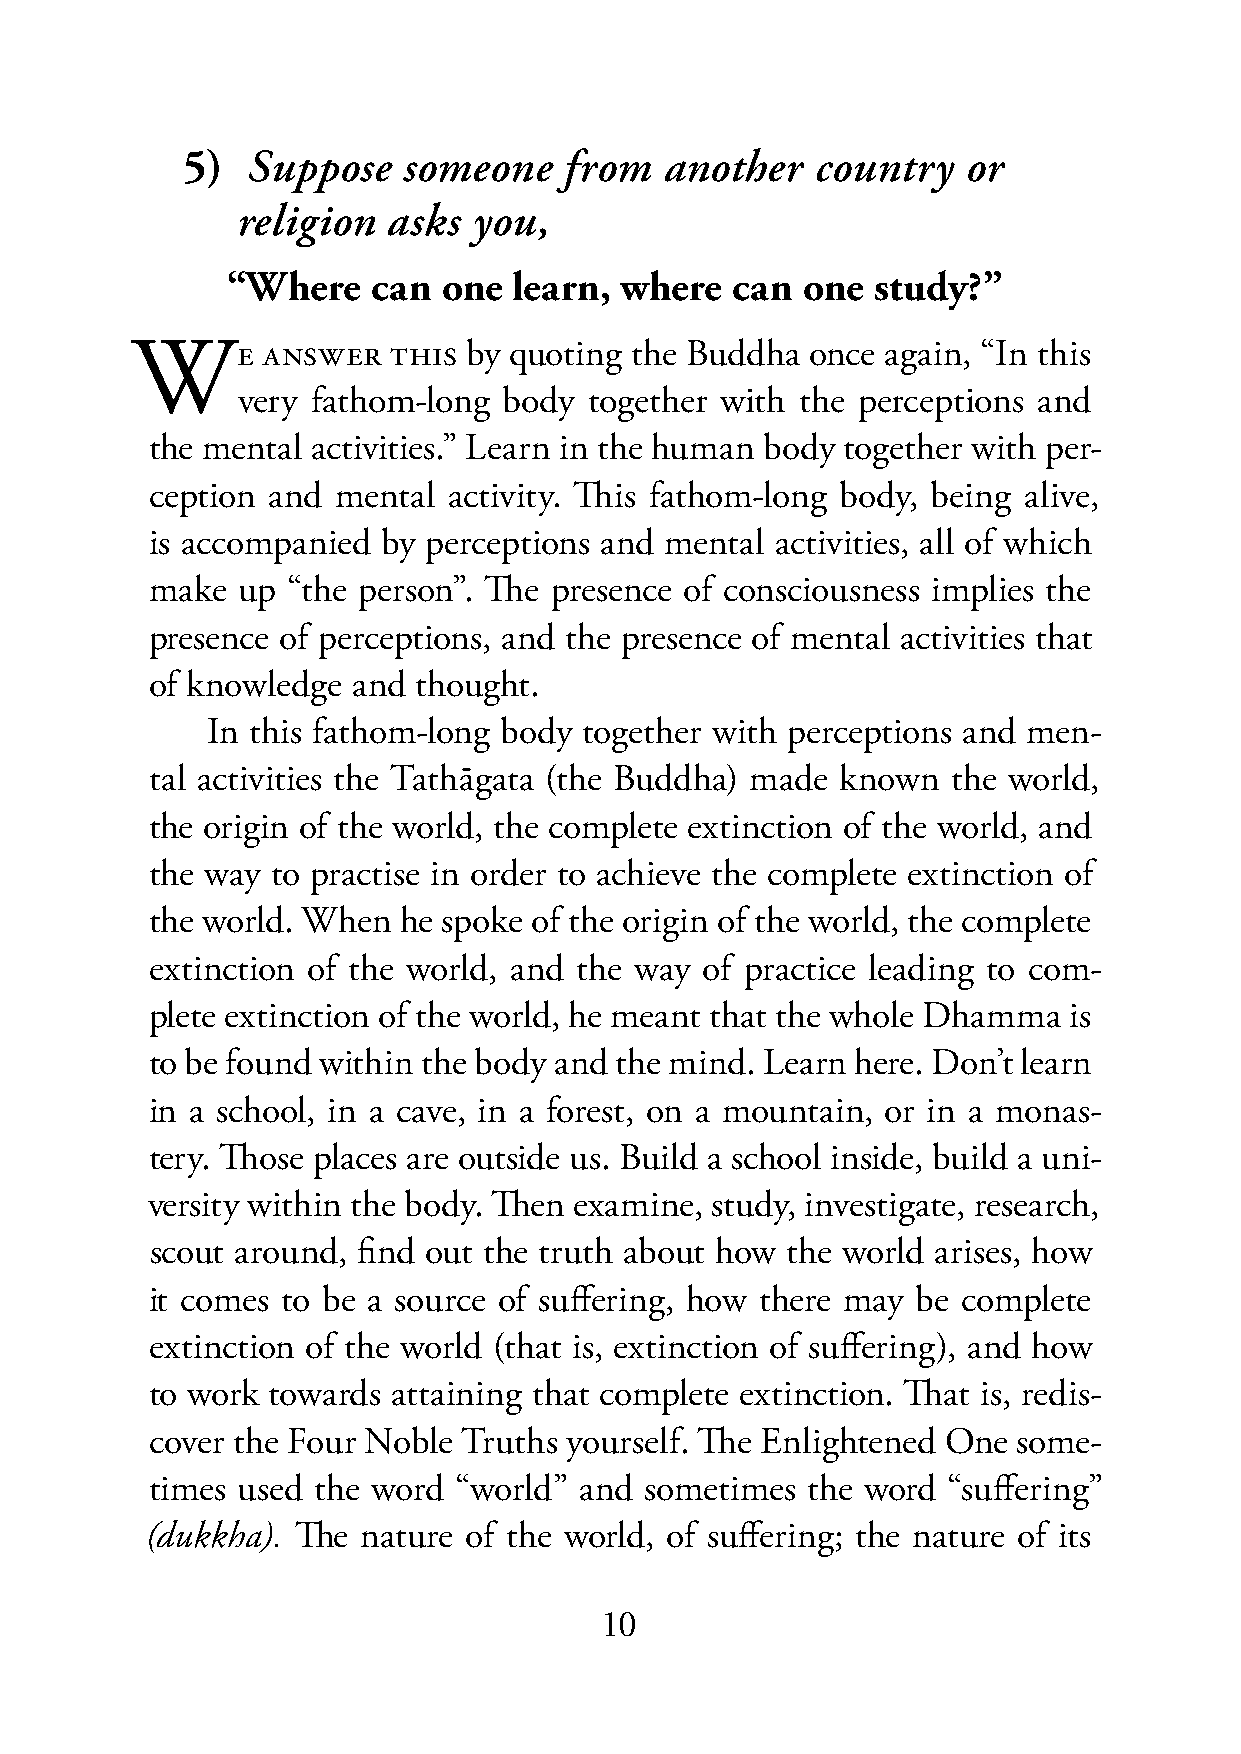
5)  Suppose    someone   from   another   country   or
 religion  asks you,
 5)  “Where    can one  learn, where  can  one  study?”
 WE      ANSWER   THIS by quoting the Buddha  once again, “In this
 very fathom-long body  together with the perceptions and
 the mental activities.” Learn in the human body together with per-
 ception and mental  activity. This fathom-long body, being alive,
 is accompanied by perceptions and mental activities, all of which
 make  up “the person”. The presence of consciousness implies the
 presence of perceptions, and the presence of mental activities that
 of knowledge and thought.
 In this fathom-long body together with perceptions and men-
 tal activities the Tathāgata (the Buddha) made known the world,
 the origin of the world, the complete extinction of the world, and
 the way to practise in order to achieve the complete extinction of
 the world. When  he spoke of the origin of the world, the complete
 extinction of the world, and the way of practice leading to com-
 plete extinction of the world, he meant that the whole Dhamma is
 to be found within the body and the mind. Learn here. Don’t learn
 in a school, in a cave, in a forest, on a mountain, or in a monas-
 tery. Those places are outside us. Build a school inside, build a uni-
 versity within the body. Then examine, study, investigate, research,
 scout around, find out the truth about how the world arises, how
 it comes to be a source of suffering, how there may be complete
 extinction of the world (that is, extinction of suffering), and how
 to work towards attaining that complete extinction. That is, redis-
 cover the Four Noble Truths yourself. The Enlightened One some-
 times used the word “world” and  sometimes the word  “suffering”
 (dukkha). The nature of the world, of suffering; the nature of its
 10